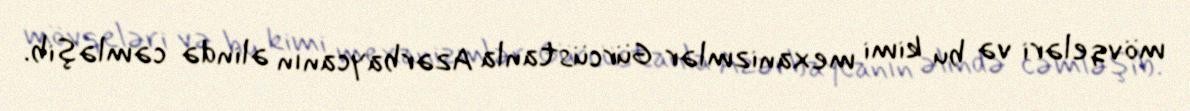
mövqeləri və bu kimi mexanizmlər Gürcüstanla Azərbaycanın əlində cəmləşib.